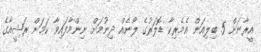
އީރާނަށް 5 ބިލިއަން އެމެރިކާ ޑޮލަރުގެ ލޯނެއް ދިނުމަށް ނިންމާފައިވާ ކަމަށް ރަޝީއާގެ